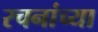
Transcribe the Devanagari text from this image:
रचनांच्या